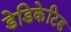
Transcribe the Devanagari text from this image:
डेडिकेटिड